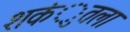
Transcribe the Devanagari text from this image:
शकंुतला